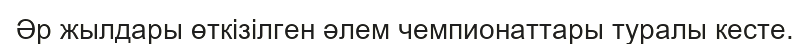
Әр жылдары өткізілген әлем чемпионаттары туралы кесте.